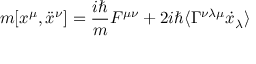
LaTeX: m [ x ^ { \mu } , \ddot { x } ^ { \nu } ] = { \frac { i \hbar } { m } } F ^ { \mu \nu } + 2 i \hbar \langle \Gamma ^ { \nu \lambda \mu } \dot { x } _ { \lambda } \rangle